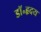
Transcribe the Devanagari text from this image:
डॉ॰हृदय